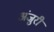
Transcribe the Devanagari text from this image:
अंजुरी